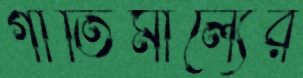
গীতিমাল্যের